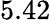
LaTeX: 5.42